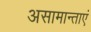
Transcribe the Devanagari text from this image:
असामान्ताएं